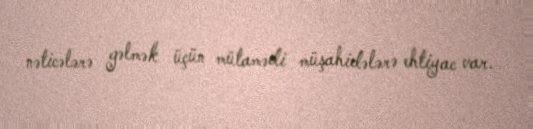
nəticələrə gəlmək üçün mütamədi müşahidələrə ehtiyac var.